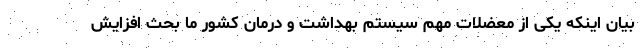
بیان اینکه یکی از معضلات مهم سیستم بهداشت و درمان کشور ما بحث افزایش